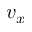
v _ { x }